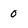
Character: 0